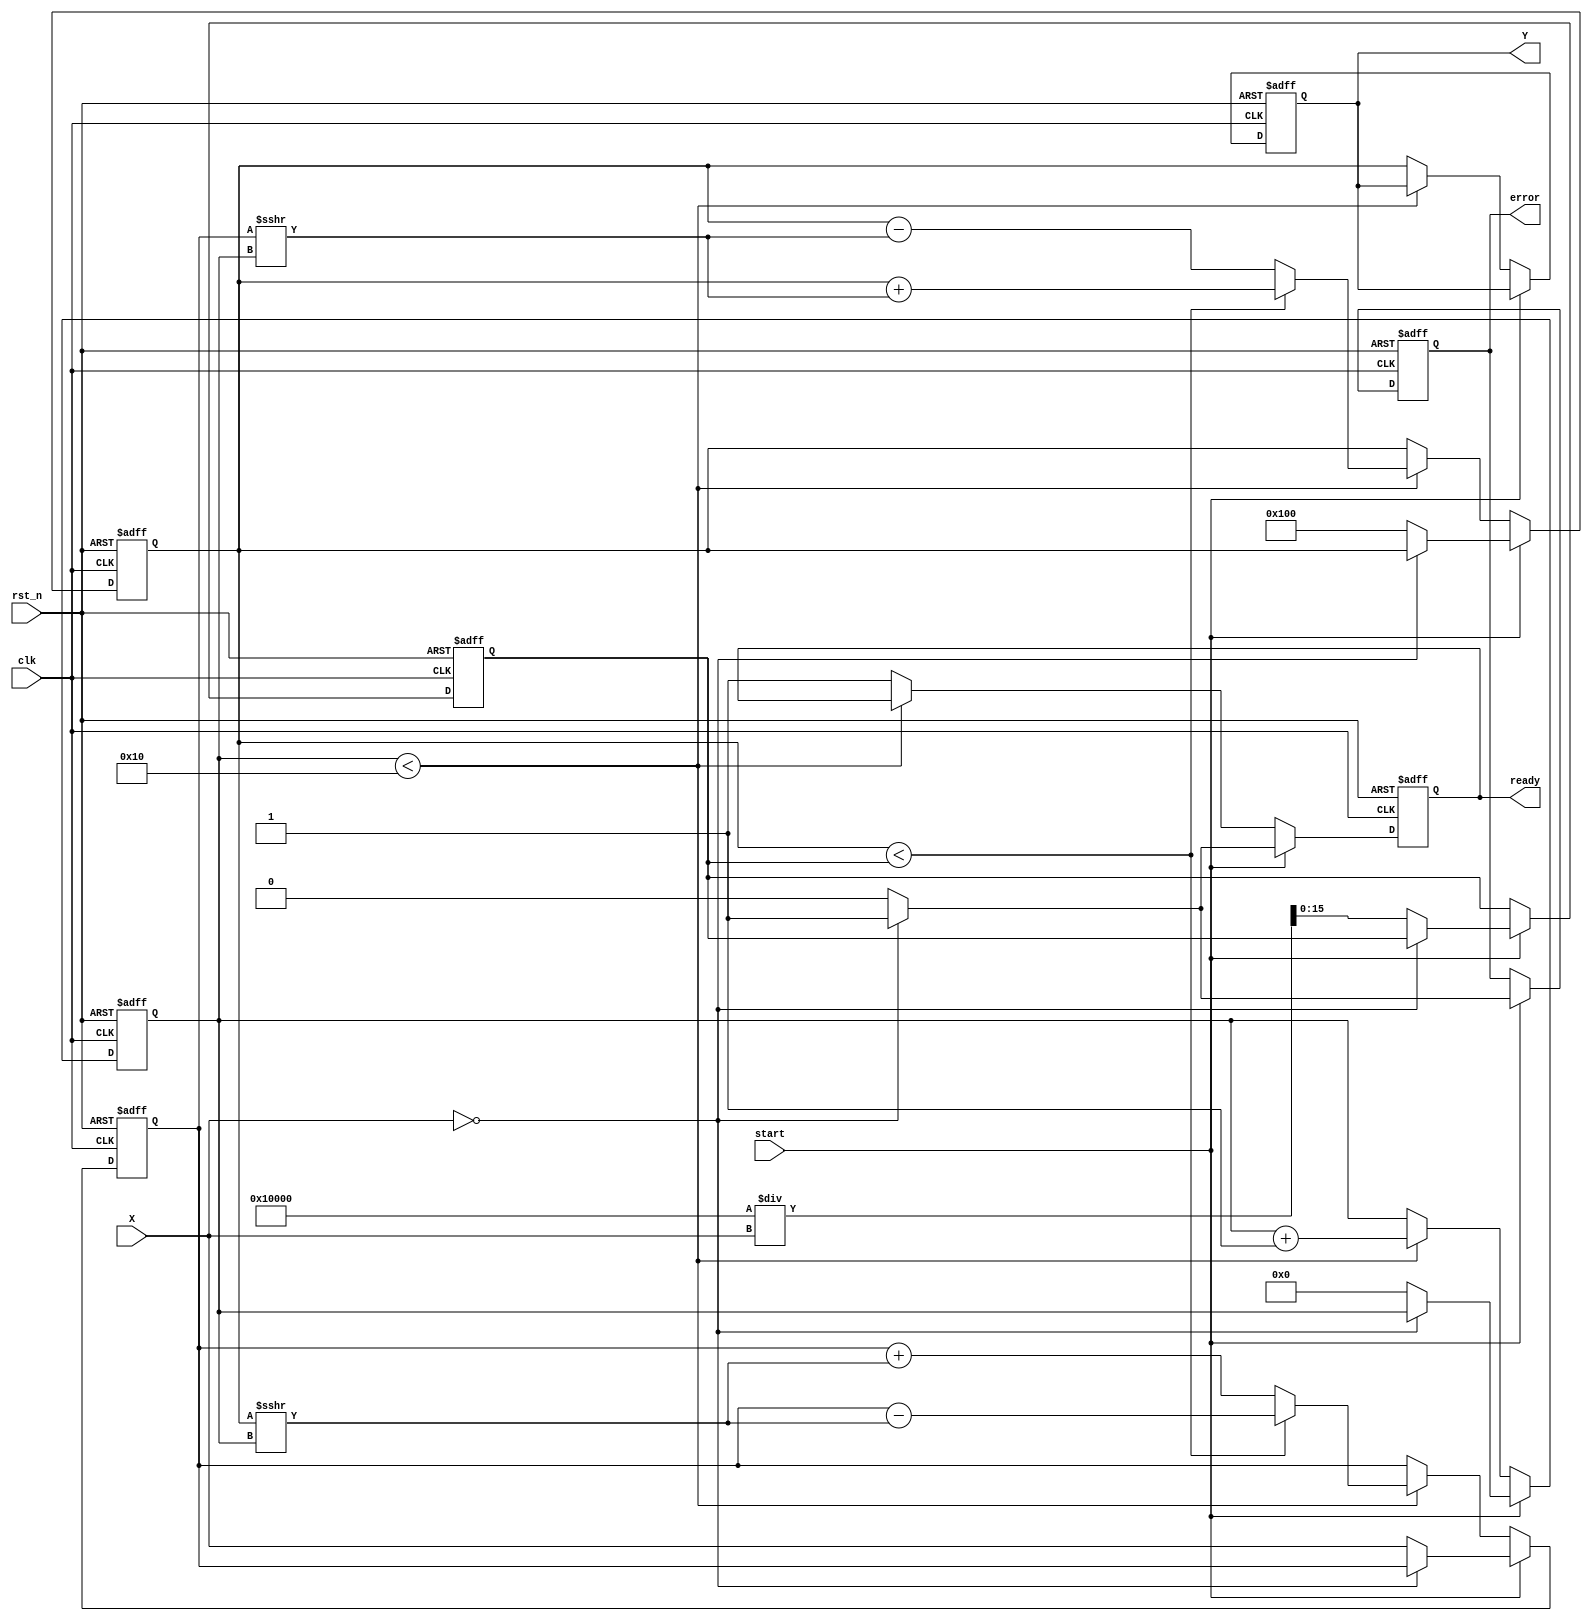
module cordic_reciprocal #(
    parameter WIDTH = 16,         // Total width of fixed-point representation
    parameter FRAC_WIDTH = 8,     // Number of fractional bits
    parameter ITERATIONS = 16      // Number of CORDIC iterations
)(
    input wire clk,               // Clock signal
    input wire rst_n,             // Active low reset
    input wire start,             // Start signal for computation
    input wire [WIDTH-1:0] X,     // Input value (fixed-point representation)
    output reg [WIDTH-1:0] Y,     // Reciprocal result (fixed-point representation)
    output reg ready,             // Ready signal
    output reg error              // Error signal
);

    // Internal signals
    reg [WIDTH-1:0] z;            // Initial guess for reciprocal
    reg [WIDTH-1:0] x_curr;       // Current x value
    reg [WIDTH-1:0] y_curr;       // Current y value
    reg [WIDTH-1:0] angle;        // Current angle
    reg [4:0] iteration;          // Iteration counter
    reg [WIDTH-1:0] atan_table [0:ITERATIONS-1]; // Arctan values

    // Initialize arctan values for CORDIC
    initial begin
        atan_table[0] = 16'h2000; // atan(2^-0) = 0.5
        atan_table[1] = 16'h1000; // atan(2^-1) = 0.25
        atan_table[2] = 16'h0800; // atan(2^-2) = 0.125
        atan_table[3] = 16'h0400; // atan(2^-3) = 0.0625
        atan_table[4] = 16'h0200; // atan(2^-4) = 0.03125
        atan_table[5] = 16'h0100; // atan(2^-5) = 0.015625
        atan_table[6] = 16'h0080; // atan(2^-6) = 0.0078125
        atan_table[7] = 16'h0040; // atan(2^-7) = 0.00390625
        atan_table[8] = 16'h0020; // atan(2^-8) = 0.001953125
        atan_table[9] = 16'h0010; // atan(2^-9) = 0.0009765625
        atan_table[10] = 16'h0008; // atan(2^-10) = 0.00048828125
        atan_table[11] = 16'h0004; // atan(2^-11) = 0.000244140625
        atan_table[12] = 16'h0002; // atan(2^-12) = 0.0001220703125
        atan_table[13] = 16'h0001; // atan(2^-13) = 0.00006103515625
        atan_table[14] = 16'h0000; // atan(2^-14) = 0
        atan_table[15] = 16'h0000; // atan(2^-15) = 0
    end

    // State machine for CORDIC computation
    always @(posedge clk or negedge rst_n) begin
        if (!rst_n) begin
            Y <= 0;
            ready <= 0;
            error <= 0;
            iteration <= 0;
            z <= 0;
            x_curr <= 0;
            y_curr <= 0;
            angle <= 0;
        end else if (start) begin
            // Check for division by zero
            if (X == 0) begin
                error <= 1;
                ready <= 1;
            end else begin
                error <= 0;
                ready <= 0;
                // Initialize values
                z <= (1 << WIDTH) / X; // Initial guess for reciprocal
                x_curr <= X;
                y_curr <= (1 << FRAC_WIDTH); // Start with (X, 1)
                angle <= 0;
                iteration <= 0;
            end
        end else if (iteration < ITERATIONS) begin
            // CORDIC iteration
            if (y_curr < z) begin
                // Rotate clockwise
                y_curr <= y_curr + (x_curr >>> iteration);
                x_curr <= x_curr - (y_curr >>> iteration);
                angle <= angle + atan_table[iteration];
            end else begin
                // Rotate counterclockwise
                y_curr <= y_curr - (x_curr >>> iteration);
                x_curr <= x_curr + (y_curr >>> iteration);
                angle <= angle - atan_table[iteration];
            end
            iteration <= iteration + 1;
        end else begin
            // Output final result
            Y <= y_curr; // Final reciprocal result
            ready <= 1;  // Indicate result is ready
        end
    end
endmodule